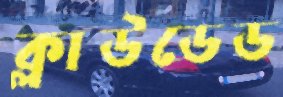
ক্লাউডেড